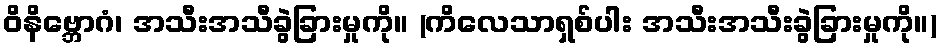
ဝိနိဗ္ဘောဂံ၊ အသီးအသီခွဲခြားမှုကို။ (ကိလေသာရှစ်ပါး အသီးအသီးခွဲခြားမှုကို။)